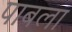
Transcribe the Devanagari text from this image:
पाबला